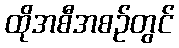
ထိုအစီအစဉ်တွင်